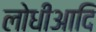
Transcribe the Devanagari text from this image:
लोधीआदि